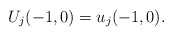
\begin{align*}U_j(-1,0) = u_j(-1,0).\end{align*}